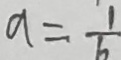
a = \frac { 1 } { b }